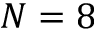
N = 8